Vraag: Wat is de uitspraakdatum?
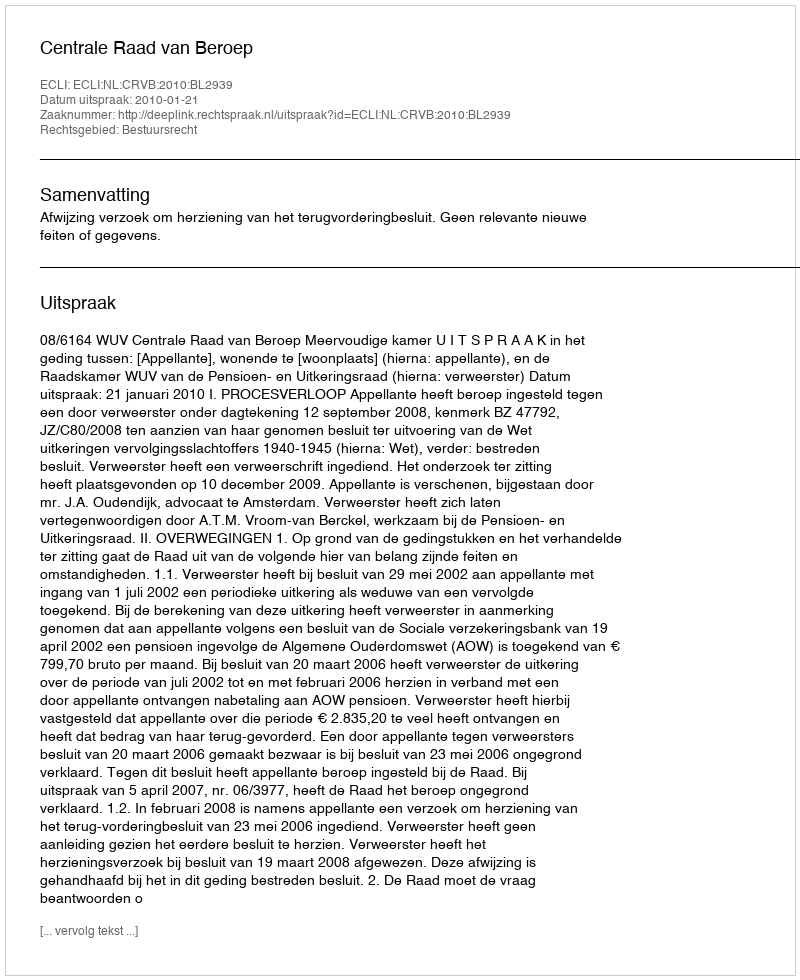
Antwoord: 2010-01-21